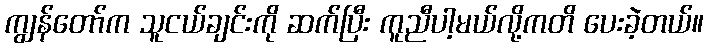
ကျွန်တော်က သူငယ်ချင်းကို ဆက်ပြီး ကူညီပါ့မယ်လို့ကတိ ပေးခဲ့တယ်။